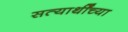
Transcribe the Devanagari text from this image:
सत्यार्थींच्या